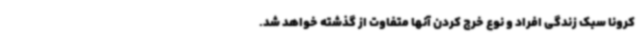
کرونا سبک زندگی افراد و نوع خرج کردن آنها متفاوت از گذشته خواهد شد.